Report on vaccination in the Province of Bengal - 1874-1889
Year: 1874
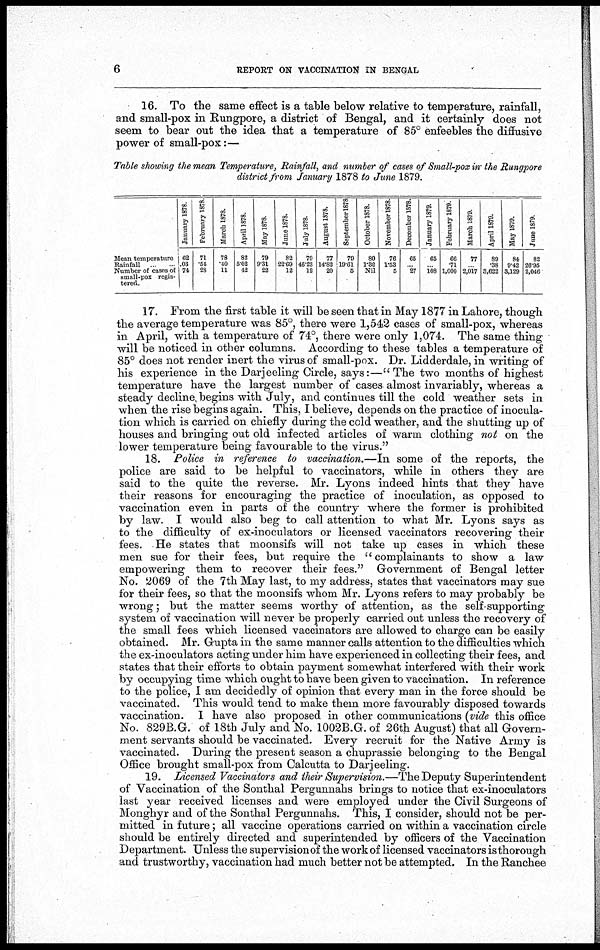
6
REPORT ON VACCINATION IN BENGAL
16. To the same effect is a table below relative to temperature, rainfall,
and small-pox in Rungpore, a district of Bengal, and it certainly does not
seem to bear out the idea that a temperature of 85° enfeebles the diffusive
power of small-pox:—
Table showing the mean Temperature, Rainfall, and number of cases of Small-pox in the Rungpore
district from January 1878 to June 1879.
Mean temperature
Rainfall
Number of cases of
small-pox regis-
tered
January 1878.
62
.03
74
February 1878.
71
.54
28
March 1878.
78
.40
11
April 1878.
82
5.02
42
May 1878.
79
9.31
22
June 1878.
82
22.69
12
July 1878.
79
46.23
12
August 1878.
77
14.82
20
September 1878
79
19.61
5
October 1878.
80
1.32
Nil
November 1878.
76
1.53
5
December 1878.
65
... 27
January 1879.
65
... 108
February 1879.
66
.71
1,000
March 1879.
77
... 2,017
April 1879.
89
.38
3,622
May 1879.
84
9.42
3,129
June 1879.
82
26.95
2,046
17. From the first table it will be seen that in May 1877 in Lahore, though
the average temperature was 85°, there were 1,542 cases of small-pox, whereas
in April, with a temperature of 74°, there were only 1,074. The same thing
will be noticed in other columns. According to these tables a temperature of
85° does not render inert the virus of small-pox. Dr. Lidderdale, in writing of
his experience in the Darjeeling Circle, says:—" The two months of highest
temperature have the largest number of cases almost invariably, whereas a
steady decline, begins with July, and continues till the cold weather sets in
when the rise begins again. This, I believe, depends on the practice of inocula-
tion which is carried on chiefly during the cold weather, and the shutting up of
houses and bringing out old infected articles of warm clothing not on the
lower temperature being favourable to the virus."
18. Police in reference to vaccination.—In some of the reports, the
police are said to be helpful to vaccinators, while in others they are
said to the quite the reverse. Mr. Lyons indeed hints that they have
their reasons for encouraging the practice of inoculation, as opposed to
vaccination even in parts of the country where the former is prohibited
by law. I would also beg to call attention to what Mr. Lyons says as
to the difficulty of ex-inoculators or licensed vaccinators recovering their
fees. He states that moonsifs will not take up cases in which these
men sue for their fees, but require the " complainants to show a law
empowering them to recover their fees." Government of Bengal letter
No. 2069 of the 7th May last, to my address, states that vaccinators may sue
for their fees, so that the moonsifs whom Mr. Lyons refers to may probably be
wrong; but the matter seems worthy of attention, as the self supporting
system of vaccination will never be properly carried out unless the recovery of
the small fees which licensed vaccinators are allowed to charge can be easily
obtained. Mr. Gupta in the same manner calls attention to the difficulties which
the ex-inoculators acting under him have experienced in collecting their fees, and
states that their efforts to obtain payment somewhat interfered with their work
by occupying time which ought to have been given to vaccination. In reference
to the police, I am decidedly of opinion that every man in the force should be
vaccinated. This would tend to make them more favourably disposed towards
vaccination. I have also proposed in other communications (vide this office
No. 829B.G. of 18th July and No. 1002B.G. of 26th August) that all Govern-
ment servants should be vaccinated. Every recruit for the Native Army is
vaccinated. During the present season a chuprassie belonging to the Bengal
Office brought small-pox from Calcutta to Darjeeling.
19. Licensed Vaccinators and their Supervision.—The Deputy Superintendent
of Vaccination of the Sonthal Pergunnahs brings to notice that ex-inoculators
last year received licenses and were employed under the Civil Surgeons of
Monghyr and of the Sonthal Pergunnahs. This, I consider, should not be per-
mitted in future; all vaccine operations carried on within a vaccination circle
should be entirely directed and superintended by officers of the Vaccination
Department. Unless the supervision of the work of licensed vaccinators is thorough
and trustworthy, vaccination had much better not be attempted. In the Ranchee